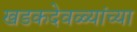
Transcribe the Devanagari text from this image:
खडकदेवळ्यांच्या